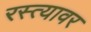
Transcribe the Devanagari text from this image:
रस्‍त्‍यावर